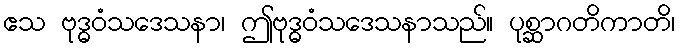
ဧသ ဗုဒ္ဓဝံသဒေသနာ၊ ဤဗုဒ္ဓဝံသဒေသနာသည်။ ပုစ္ဆာဂတိကာတိ၊